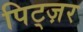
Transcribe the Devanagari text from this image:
पिट्ज़र